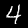
Digit: 4